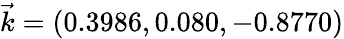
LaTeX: \vec{k}=(0.3986,0.080,-0.8770)